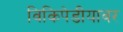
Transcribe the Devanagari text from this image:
विकिपेडीयावर